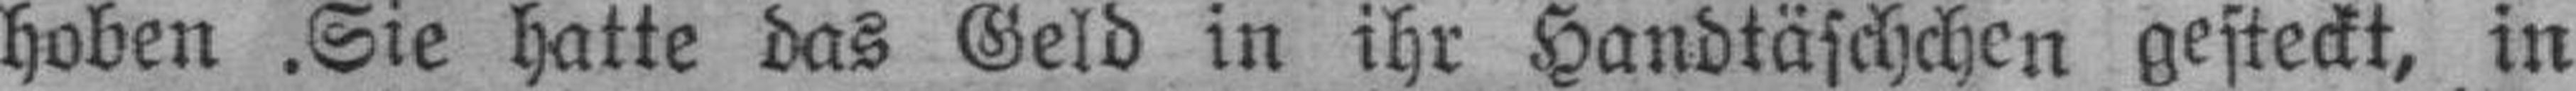
hoben. Sie hatte das Geld in ihr Handtäschchen gesteckt, in